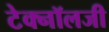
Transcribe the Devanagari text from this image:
टेक्‍नॉलजी